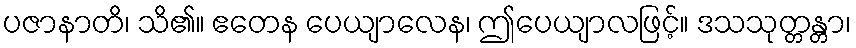
ပဇာနာတိ၊ သိ၏။ ဧတေန ပေယျာလေန၊ ဤပေယျာလဖြင့်။ ဒသသုတ္တန္တာ၊